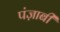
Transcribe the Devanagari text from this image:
पंज़ाबी